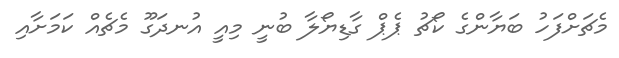
މެޗަށްފަހު ބަޔާންގެ ކޯޗު ޕެޕް ގާޑިޔޯލާ ބުނީ މިއީ އުނދަގޫ މެޗެއް ކަމަށާއި